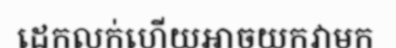
ដេកលក់ហើយអាចយកវាមក